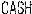
CASH